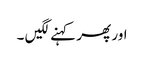
اور پھر کہنے لگیں ۔